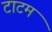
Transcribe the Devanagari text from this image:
टाटम